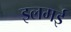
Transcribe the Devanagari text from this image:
इलमई